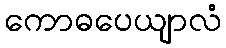
ကောဓပေယျာလံ